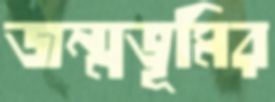
জন্মভূমির